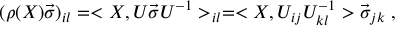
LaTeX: ( \rho ( X ) \vec { \sigma } ) _ { i l } = < X , U \vec { \sigma } U ^ { - 1 } > _ { i l } = < X , U _ { i j } U _ { k l } ^ { - 1 } > \vec { \sigma } _ { j k } \; ,